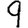
Digit: 9